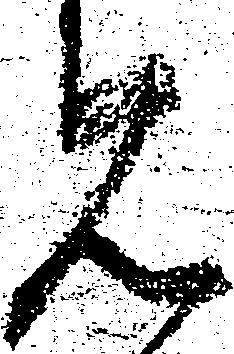
見